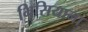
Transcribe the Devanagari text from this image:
भिसियाना